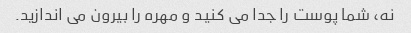
نه، شما پوست را جدا می کنید و مهره را بیرون می اندازید.